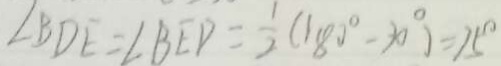
\angle B D E = \angle B E D = \frac { 1 } { 2 } ( 1 8 0 ^ { \circ } - 2 0 ^ { \circ } ) = 7 5 ^ { \circ }